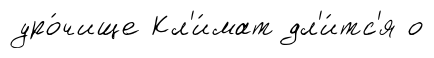
уро́чище Кл'и́мат дл'и́тс'я о